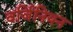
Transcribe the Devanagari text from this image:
वर्जिनियन